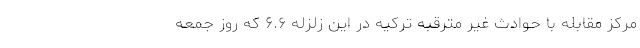
مرکز مقابله با حوادث غیر مترقبه ترکیه در این زلزله ۶.۶ که روز جمعه